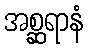
အစ္ဆရာနံ